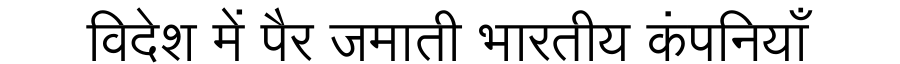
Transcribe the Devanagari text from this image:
विदेश में पैर जमाती भारतीय कंपनियाँ